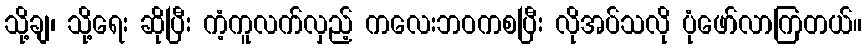
သို့ချ၊ သို့ရေး ဆိုပြီး ကံ့ကူလက်လှည့် ကလေးဘဝကစပြီး လိုအပ်သလို ပုံဖော်လာကြတယ်။